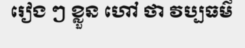
រៀង ៗ ខ្លួន ហៅ ថា វប្បធម៌